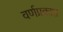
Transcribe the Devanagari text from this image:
वर्णप्रकाश